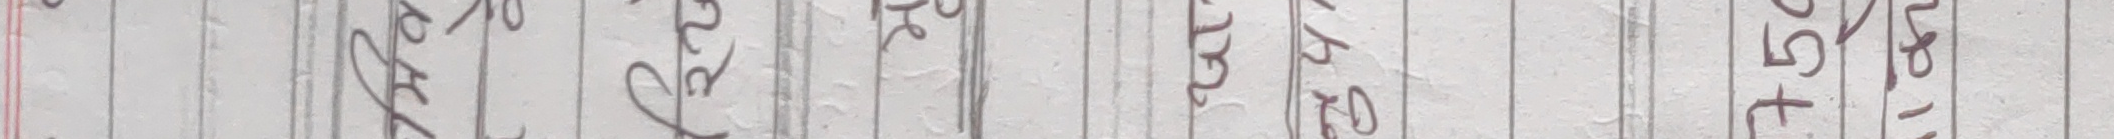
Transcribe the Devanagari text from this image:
१५०४२ १६५।१८